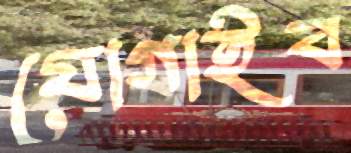
যোগাইব